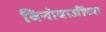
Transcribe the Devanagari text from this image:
विनोबाजींच्या